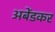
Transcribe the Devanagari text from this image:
अबेंडकर